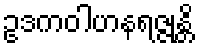
ဥဒကဝါဟနရဇ္ဇုန္တိ